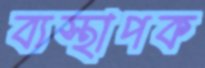
ব্যস্থাপক